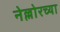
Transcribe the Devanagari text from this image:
नेल्लोरच्या